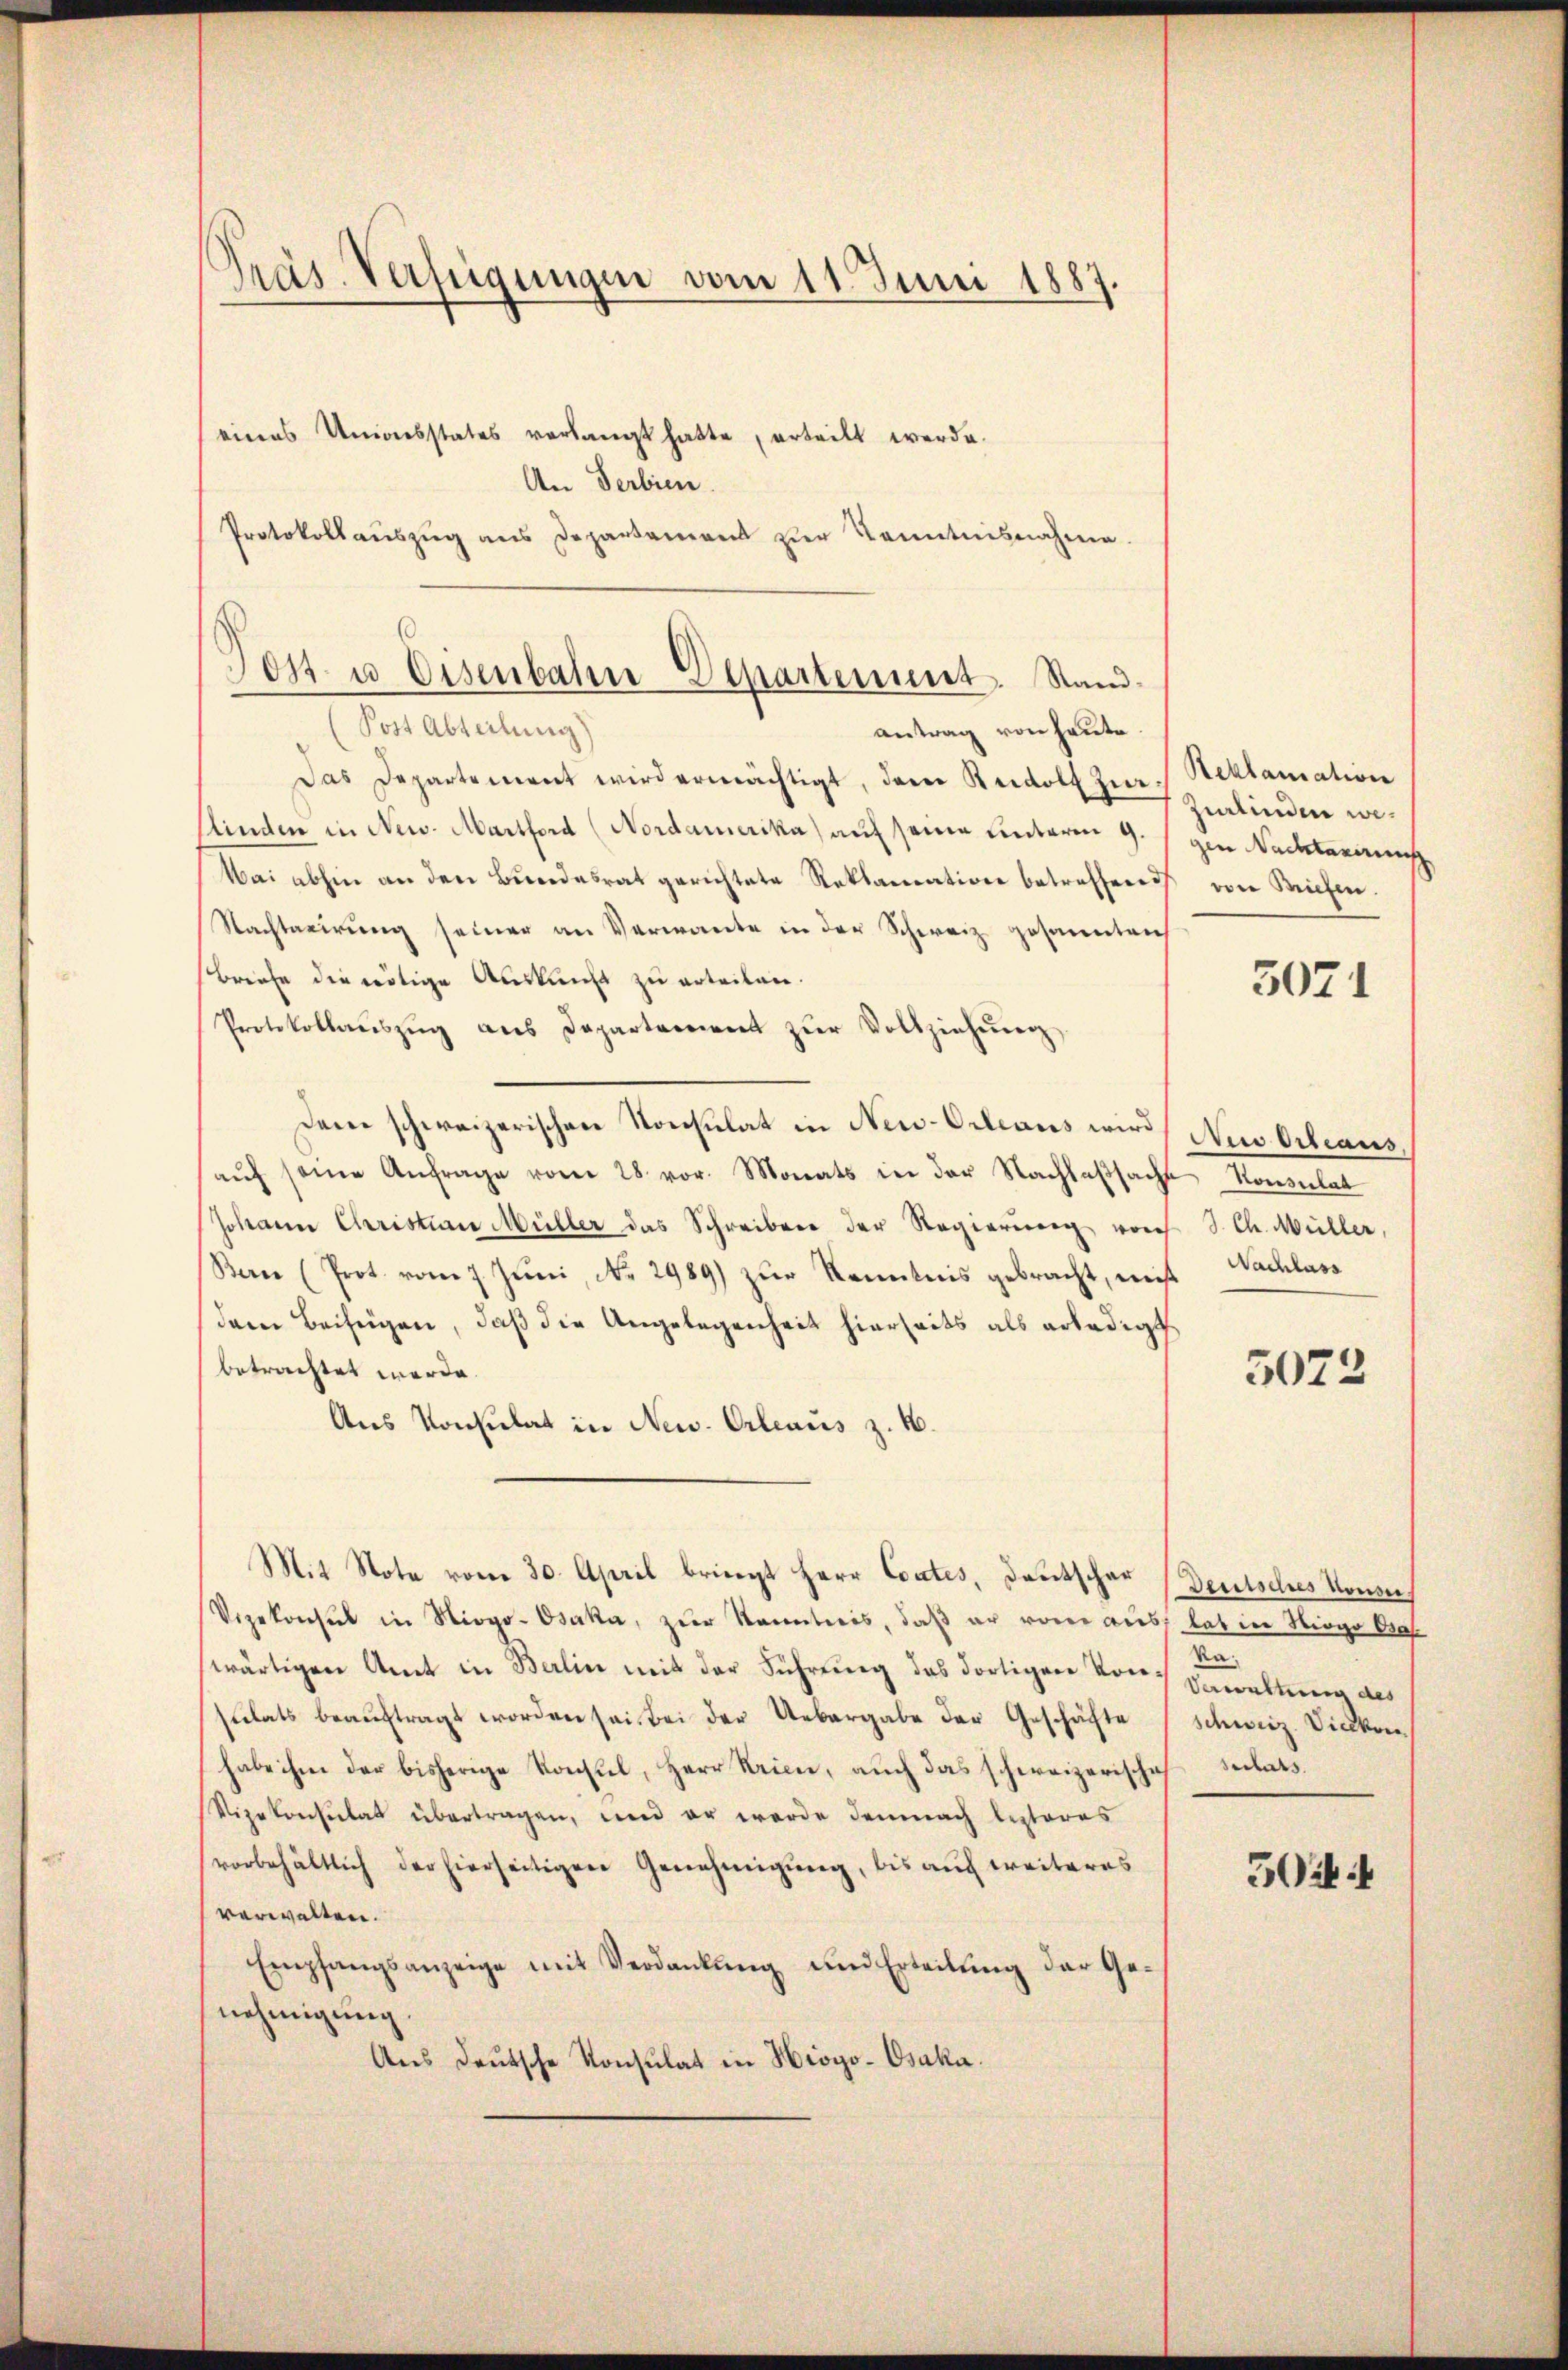
Präs. Verfügungen vom 11. Juni 1887.

Tott u. Eisenbahn-Departement. Stand¬

eines Unionsstates verlangt hatte, erteilt werde.
An Serbien
Protokollauszug aus Departement zur Kenntnisnahmen.
Post Abteilung)
antrag von heute.
Das Departement wird ermächtigt, dem Rudolf Zur Reklamation
Kinden in New. Martford (Nordamerika) auf seine unterm 9.
Mai abhin an den Bundesrat gerichtete Reklamation betreffend
Nachtaxirung seiner an Verwante in der Schweiz gesannleich
Briefe die nötige Auskunft zu erteilen.
Protokollaŭszŭg ans Departement zŭr Vollziehung
Dem schweizerischen Konsulat in New-Orleans wird
aŭf seine Anfrage vom 28. vor. Monats in der Nachlaβsachs
Johann Christian Müller das Schreiben der Regierung von
Ban (Prot. vom 7. Jŭni, No. 2989) zŭr Kenntnis gebracht, wei
dem Beifügen, daß die Angelegenheit hierseits als erledigt
betrachtet werde.
Ans Konsulat in New. Orleaus z. B.
Mit Note vom 30. April bringt Herr Contes, Deutschar
Vizekonsul in Niogo-Osaka, zŭr Kenntnis, daβ er von aus las in Niogo Ora
wärtigen Amt in Berlin mit der Führung des dortigen von Gewaltung des
sulats beauftragt worden sei. Bei der Uebergabe der Geschäfte
habe ihm der bisherige Konsul, Herr Krien, auch das schweizerische Seitet.
Vizekonsulat übertragen, und er werde demnach lezteres
vorbehältlich der hierseitigen Genehmigung, bis auch weiteres
verwalten.
Empfangsanzeige mit Verdankŭng und Erteilŭng der Ge-
nehmigung
Aus deutsche Konsulat in Hiogo-Osaka.

zilinden wegen Nachtanirung
vi Michen.

3071

Au Ortiaus
Konsulat
J. Ch. Müller,
 Nachlass

5072

Deutsches Konsei
d
Schweiz. Vicekon
504